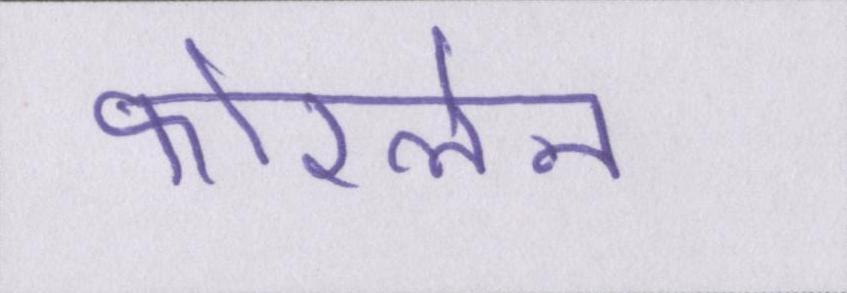
फोरलेन